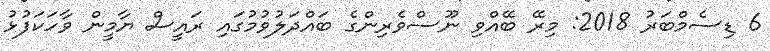
6 ޑިސެމްބަރު 2018: މިރޭ ބޭއްވި ނޫސްވެރިންގެ ބައްދަލުވުމުގައި ރައީސް ޔާމީން ވާހަކަފުޅު